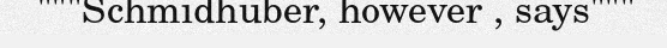
"""Schmidhuber, however , says"""